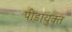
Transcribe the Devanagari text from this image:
पीड़ायुक्‍त